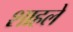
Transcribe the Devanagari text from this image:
शाहले